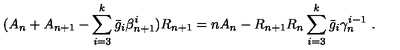
( A _ { n } + A _ { n + 1 } - \sum _ { i = 3 } ^ { k } \bar { g } _ { i } \beta _ { n + 1 } ^ { i } ) R _ { n + 1 } = n A _ { n } - R _ { n + 1 } R _ { n } \sum _ { i = 3 } ^ { k } \bar { g } _ { i } \gamma _ { n } ^ { i - 1 } \ .